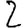
Digit: 2